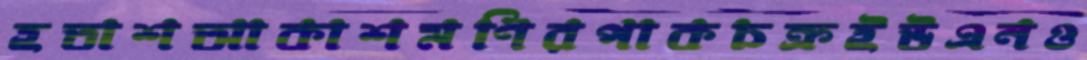
হতাশআকাশমণিরপাকচক্রইউএনও